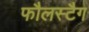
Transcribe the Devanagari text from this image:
फौलस्टैग